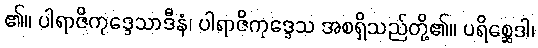
၏။ ပါရာဇိကုဒ္ဒေသာဒီနံ၊ ပါရာဇိကုဒ္ဒေသ အစရှိသည်တို့၏။ ပရိစ္ဆေဒါ၊